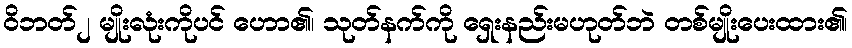
ဝိဘတ်၂ မျိုးလုံးကိုပင် ဟော၏၊ သုတ်နက်ကို ရှေးနည်းမဟုတ်ဘဲ တစ်မျိုးပေးထား၏၊